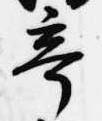
亭